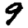
Digit: 9